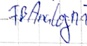
Text: FB Analogn1